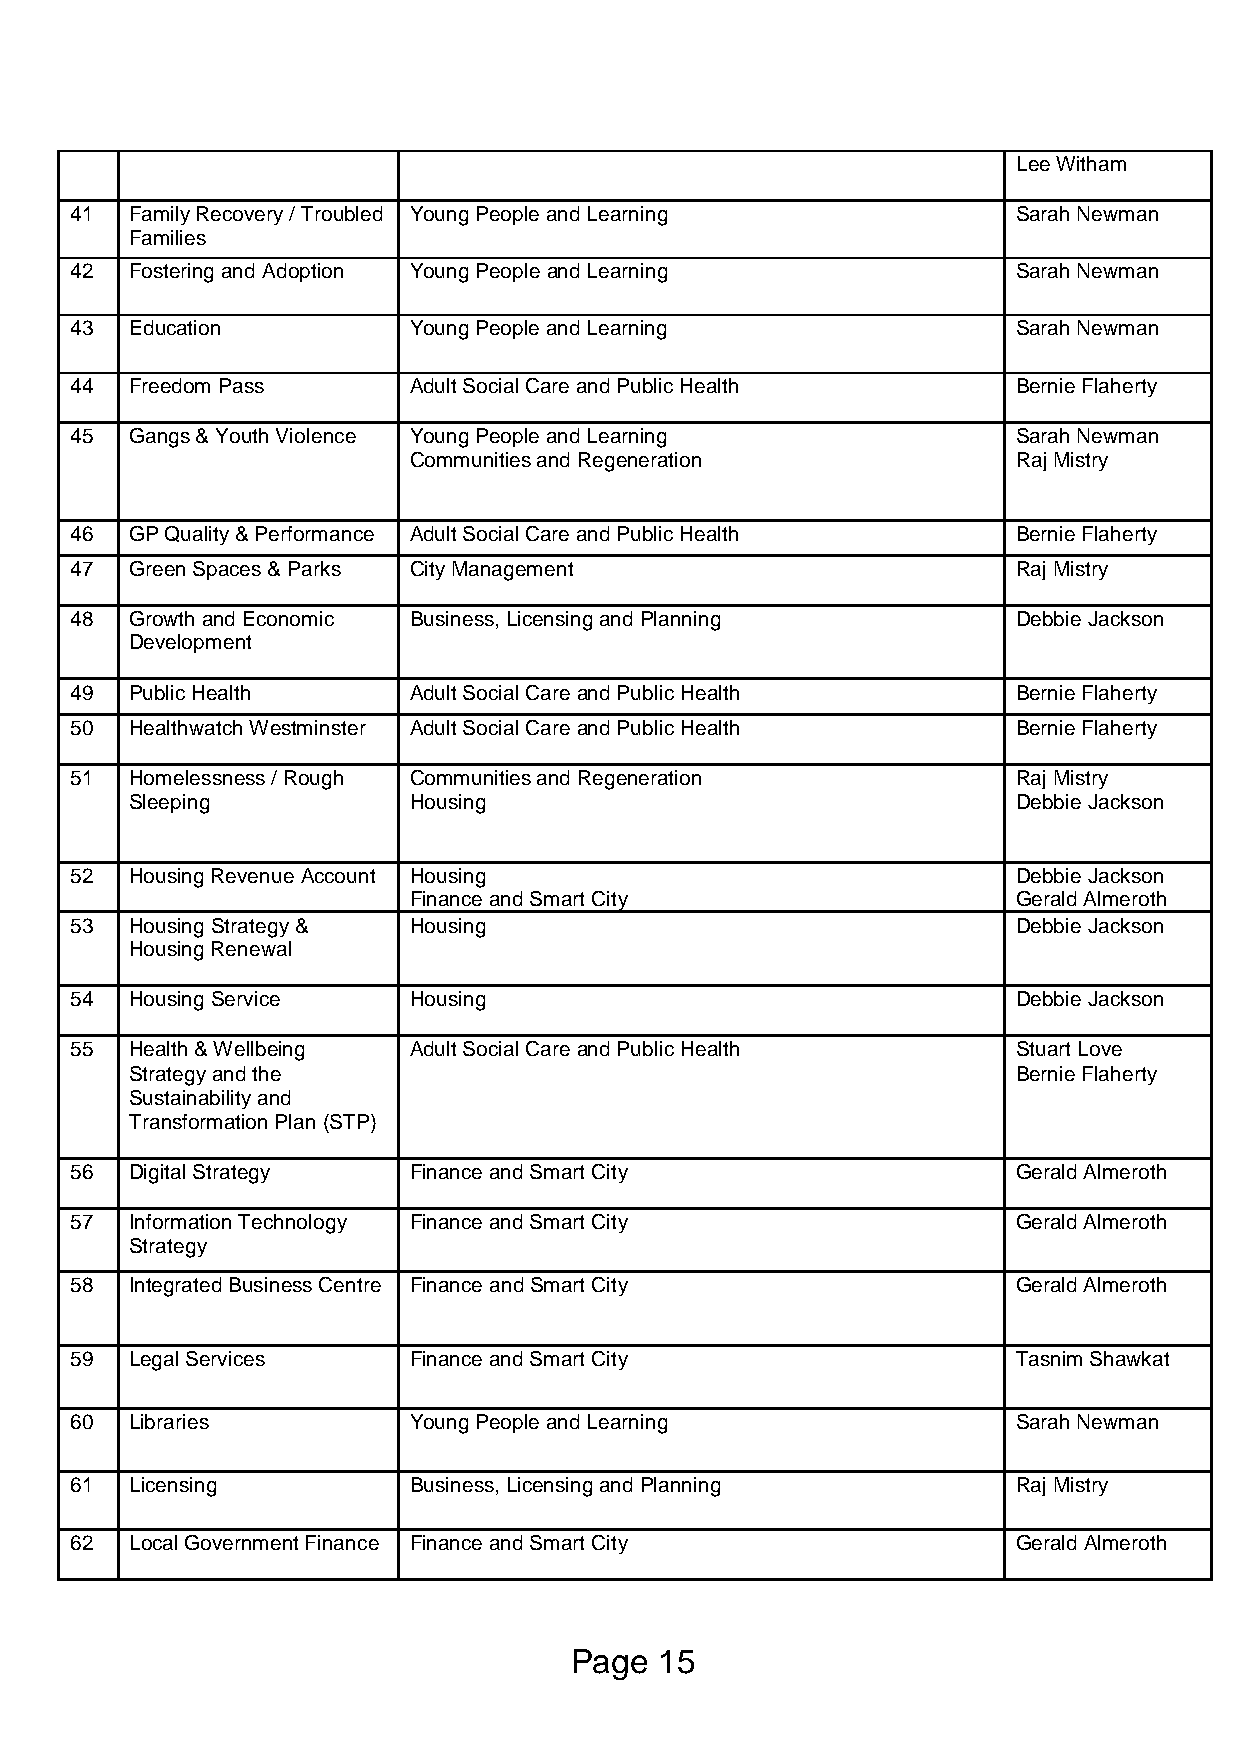
Lee Witham
 41  Family Recovery / Troubled Young People and Learning      Sarah Newman
 Families
 42  Fostering and Adoption Young People and Learning          Sarah Newman
 43  Education         Young People and Learning               Sarah Newman
 44  Freedom Pass      Adult Social Care and Public Health     Bernie Flaherty
 45  Gangs & Youth Violence Young People and Learning          Sarah Newman
 Communities and Regeneration            Raj Mistry
 46  GP Quality & Performance Adult Social Care and Public Health Bernie Flaherty
 47  Green Spaces & Parks City Management                      Raj Mistry
 48  Growth and Economic Business, Licensing and Planning      Debbie Jackson
 Development
 49  Public Health     Adult Social Care and Public Health     Bernie Flaherty
 50  Healthwatch Westminster Adult Social Care and Public Health Bernie Flaherty
 51  Homelessness / Rough Communities and Regeneration         Raj Mistry
 Sleeping          Housing                                 Debbie Jackson
 52  Housing Revenue Account Housing                           Debbie Jackson
 Finance and Smart City                  Gerald Almeroth
 53  Housing Strategy & Housing                                Debbie Jackson
 Housing Renewal
 54  Housing Service   Housing                                 Debbie Jackson
 55  Health & Wellbeing Adult Social Care and Public Health    Stuart Love
 Strategy and the                                          Bernie Flaherty
 Sustainability and
 Transformation Plan (STP)
 56  Digital Strategy  Finance and Smart City                  Gerald Almeroth
 57  Information Technology Finance and Smart City             Gerald Almeroth
 Strategy
 58  Integrated Business Centre Finance and Smart City         Gerald Almeroth
 59  Legal Services    Finance and Smart City                  Tasnim Shawkat
 60  Libraries         Young People and Learning               Sarah Newman
 61  Licensing         Business, Licensing and Planning        Raj Mistry
 62  Local Government Finance Finance and Smart City           Gerald Almeroth
 Page  15